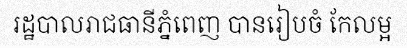
រដ្ឋបាលរាជធានីភ្នំពេញ បានរៀបចំ កែលម្អ